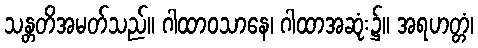
သန္တတိအမတ်သည်။ ဂါထာဝသာနေ၊ ဂါထာအဆုံး၌။ အရဟတ္တံ၊